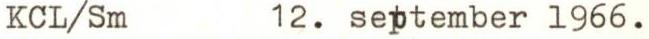
KCL /Sm 12. september 1966.